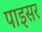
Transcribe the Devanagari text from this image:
पाइसर